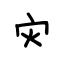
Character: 灾